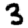
Digit: 3